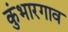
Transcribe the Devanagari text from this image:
कुंभारगाव